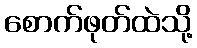
စောက်ဖုတ်ထဲသို့